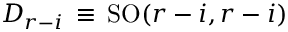
D _ { r - i } \, \equiv \, \mathrm { S O } ( r - i , r - i )